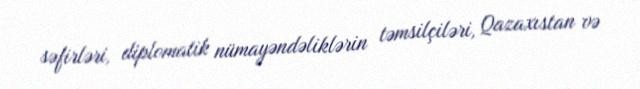
səfirləri, diplomatik nümayəndəliklərin təmsilçiləri, Qazaxıstan və